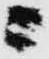
ニ